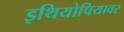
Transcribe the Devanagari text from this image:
इथियोपियावर